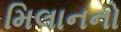
મિલાનનો